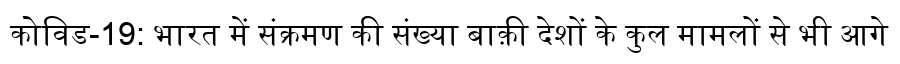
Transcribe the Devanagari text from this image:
कोविड-19: भारत में संक्रमण की संख्या बाक़ी देशों के कुल मामलों से भी आगे